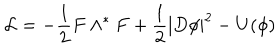
LaTeX: { \mathcal L } = - \frac { 1 } { 2 } F \wedge ^ { * } F + \frac { 1 } { 2 } | D \phi | ^ { 2 } - U ( \phi )